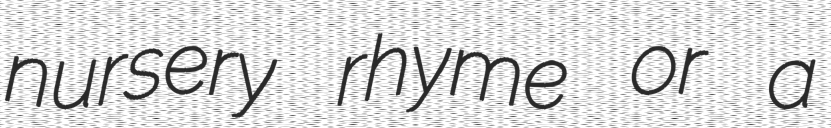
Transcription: nursery rhyme or a